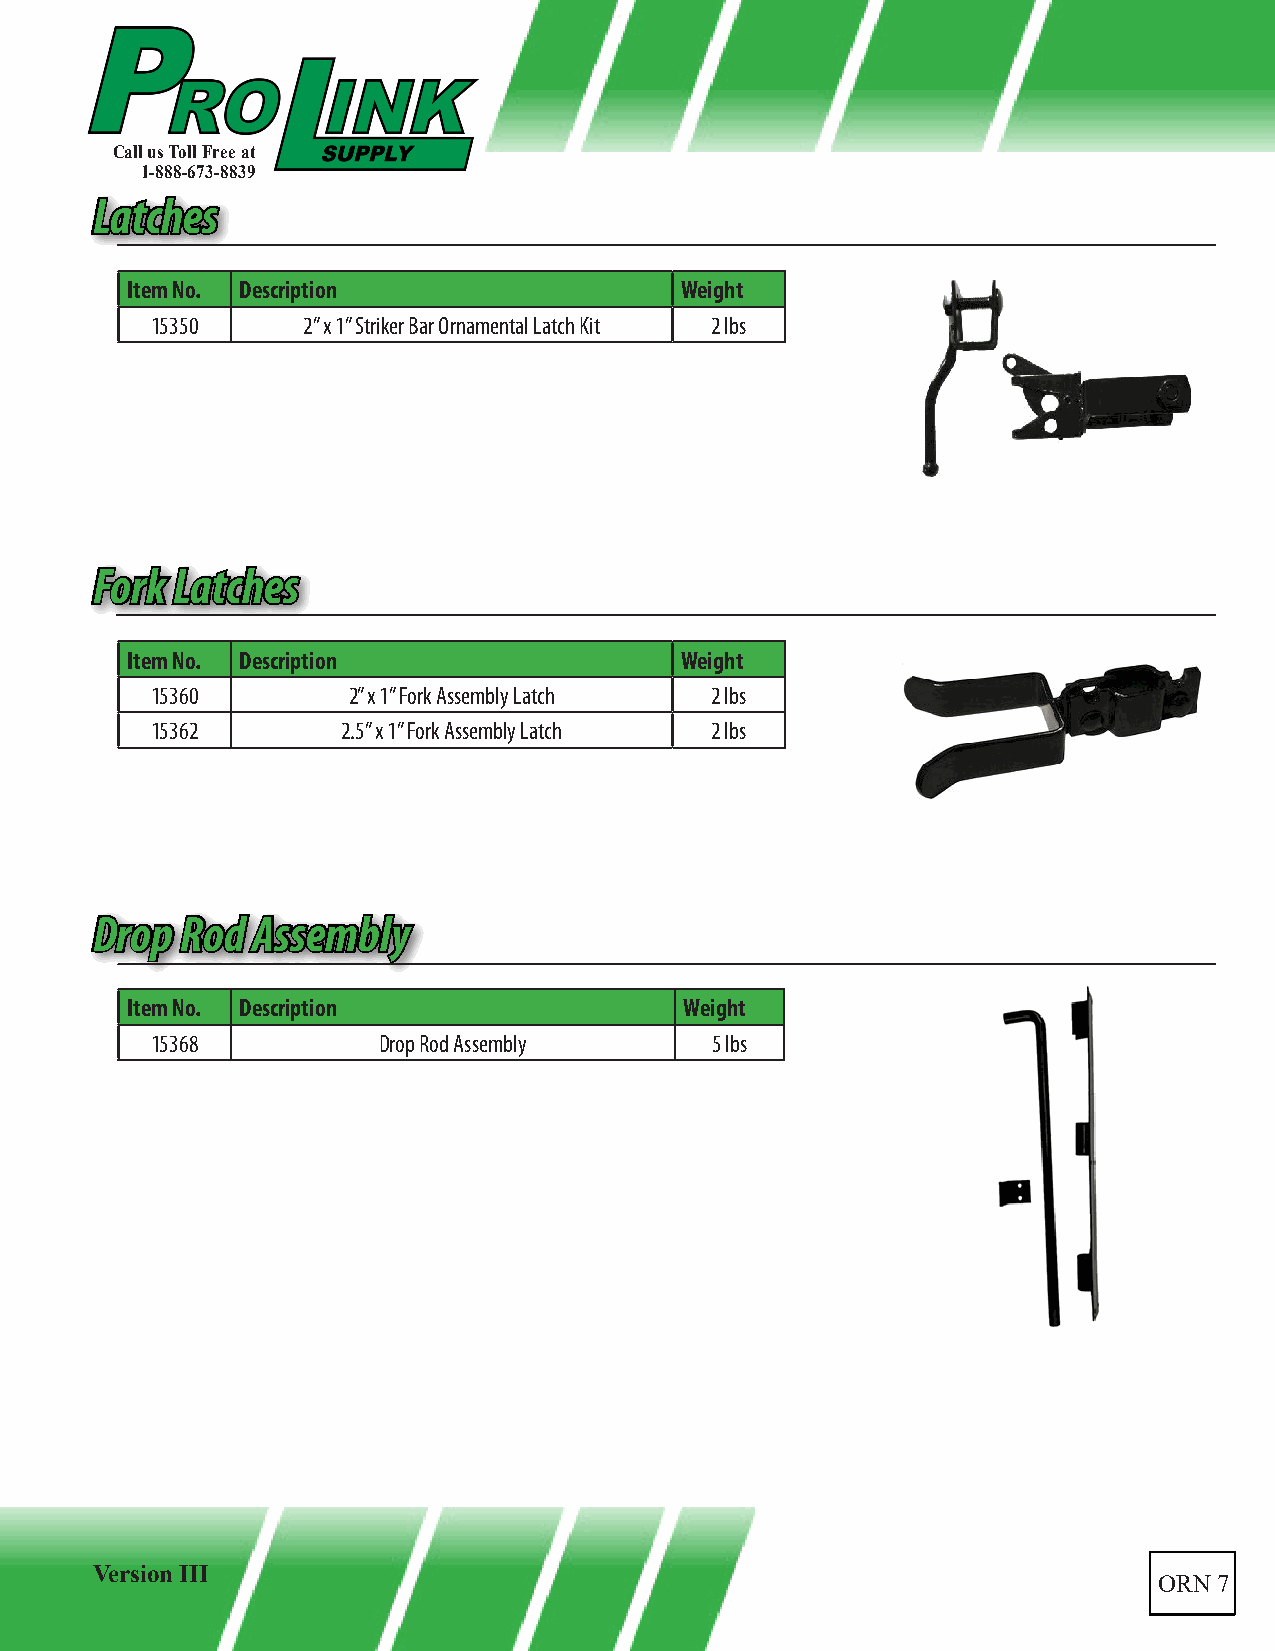
Call us Toll Free at
 1-888-673-8839
 LLaattcchheess
 Item No. Description                 Weight
 15350     2” x 1” Striker Bar Ornamental Latch Kit 2 lbs
 FFoorrkk LLaattcchheess
 Item No. Description                 Weight
 15360        2” x 1” Fork Assembly Latch 2 lbs
 15362        2.5” x 1” Fork Assembly Latch 2 lbs
 DDrroopp RRoodd AAsssseemmbbllyy
 Item No. Description                 Weight
 15368          Drop Rod Assembly     5 lbs
 Version III
 ORN 7